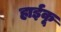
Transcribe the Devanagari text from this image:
हाईकू